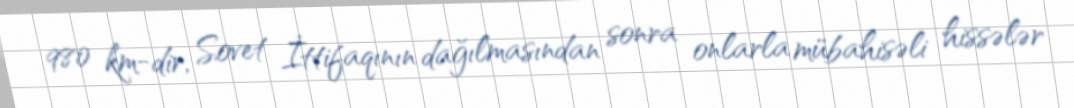
980 km-dir, Sovet İttifaqının dağılmasından sonra onlarla mübahisəli hissələr